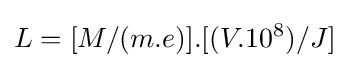
L=[M/(m.e)].[(V.10^{8})/J]